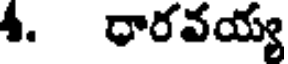
4. ధారవయ్య